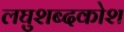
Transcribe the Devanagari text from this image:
लघुशब्दकोश